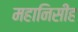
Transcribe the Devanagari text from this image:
महानिसीह